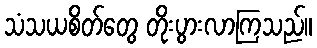
သံသယစိတ်တွေ တိုးပွားလာကြသည်။